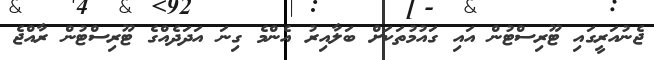
ޖެނުއަރީގައި ޓޫރިސްޓުން އައި ގައުމުތަކަށް ބަލާއިރު އެންމެ ގިނަ އަދަދެއްގެ ޓޫރިސްޓުން ރާއްޖެ